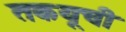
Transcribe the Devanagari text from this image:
तकयूची